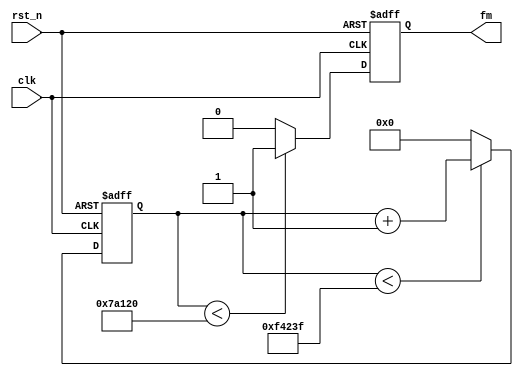
module clkdiv(
				clk,rst_n,
				fm
			);
input clk;
input rst_n;
output reg fm;

reg[19:0]cnt;

always@(posedge clk or negedge rst_n)
	if(!rst_n) cnt <= 20'd0;
	else if(cnt < 20'd999_999)cnt <= cnt + 1'b1;
	else cnt <= 20'd0;
	
always@(posedge clk or negedge rst_n)
	if(!rst_n) fm <= 1'b0;
	else if(cnt < 20'd500_000)fm <= 1'b1;
	else fm <= 1'b0;

endmodule